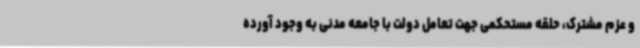
و عزم مشترک، حلقه مستحکمی جهت تعامل دولت با جامعه مدنی به وجود آورده